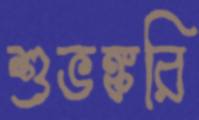
শুভঙ্করি